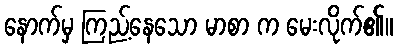
နောက်မှ ကြည့်နေသော မာစာ က မေးလိုက်၏။